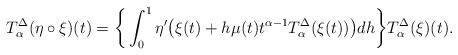
\begin{align*}T^{\Delta}_{\alpha} (\eta\circ \xi)(t)=\bigg\{\int_{0}^{1}\eta'\big(\xi(t)+h\mu(t)t^{\alpha-1}T^{\Delta}_{\alpha} (\xi(t))\big)dh\bigg\} T^{\Delta}_{\alpha}(\xi)(t).\end{align*}